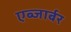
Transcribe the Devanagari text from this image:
एब्जार्बर